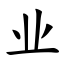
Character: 业